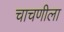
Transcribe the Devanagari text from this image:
चाचणीला